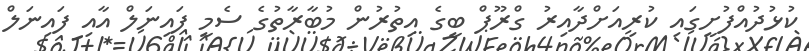
ކުޅުދުއްފުށީގައި ކުރިއަށްދާއިރު ގްރޫޕް ބީގެ އިތުރުން މުބާރާތުގެ ސެމީ ފައިނަލް އާއި ފައިނަލް